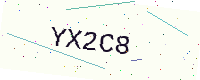
Text: YX2C8